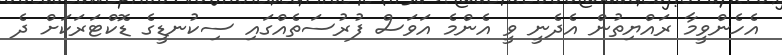
އެހެންވީމާ ރައްޔިތުން އެދެނީ ވީ އެންމެ އަވަސް ފުރުސަތެއްގައި ސިކުނޑީގެ ޑޮކްޓަރަކަށް ދެ